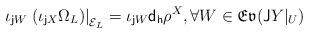
LaTeX: \begin{align*}\iota_{{\sf j} W}\left.\left(\iota_{{\sf j} X}\Omega_L\right)\right\vert_{{\cal E}_L}=\iota_{{\sf j} W}{\sf d_h} \rho^X,\forall W\in \mathfrak{Ev}({\sf J}Y\vert_U)\end{align*}